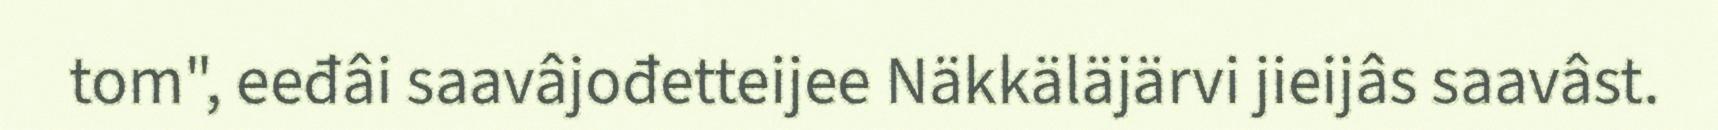
tom", eeđâi saavâjođetteijee Näkkäläjärvi jieijâs saavâst.